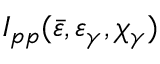
I _ { p p } ( \bar { \varepsilon } , \varepsilon _ { \gamma } , \chi _ { \gamma } )